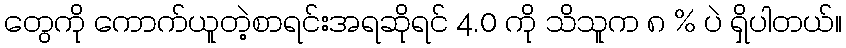
တွေကို ကောက်ယူတဲ့စာရင်းအရဆိုရင် 4.0 ကို သိသူက ၈ % ပဲ ရှိပါတယ်။